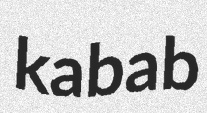
kabab